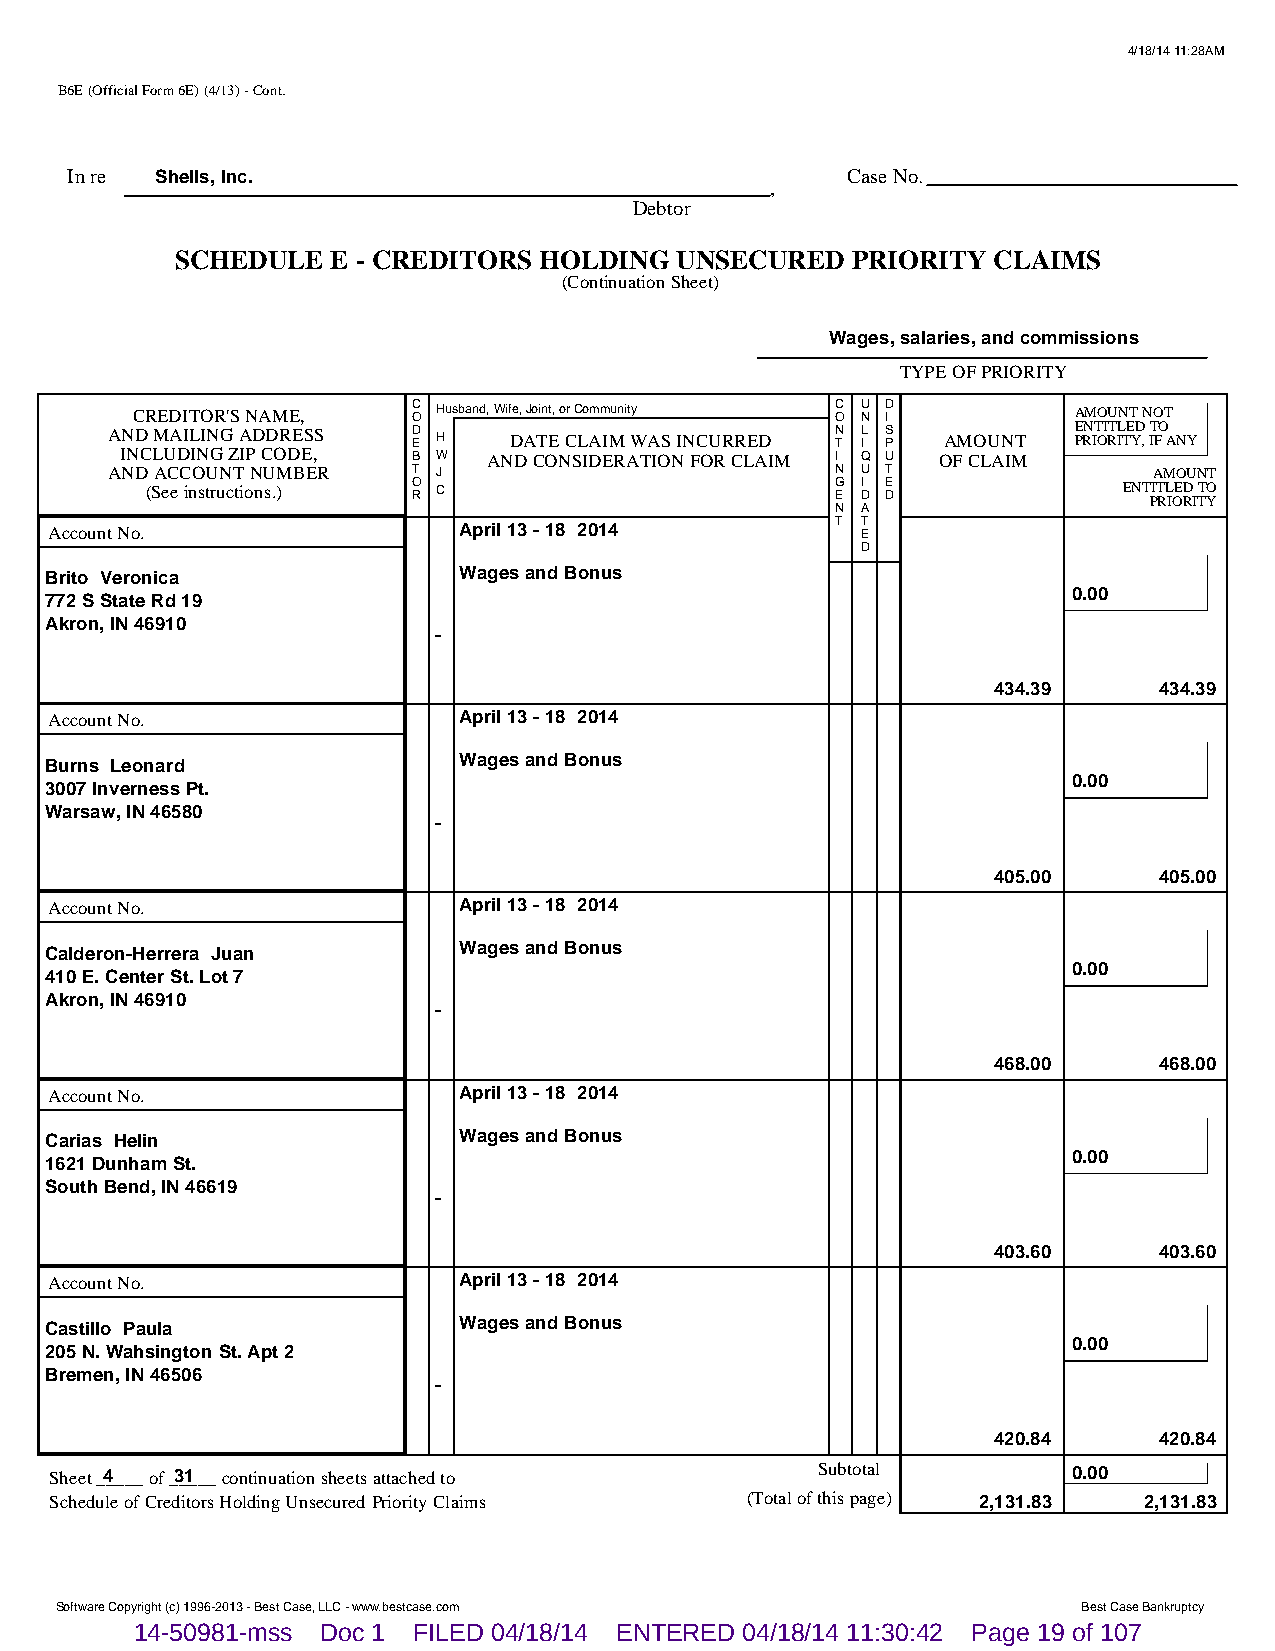
4/18/14 11:28AM
 B6E (Official Form 6E) (4/13) - Cont.
 In re Shells, Inc.                                  Case No.
 ,
 Debtor
 SCHEDULE  E - CREDITORS HOLDING  UNSECURED  PRIORITY  CLAIMS
 (Continuation Sheet)
 Wages, salaries, and commissions
 TYPE OF PRIORITY
 CREDITOR'S NAME,  C O Husband, Wife, Joint, or Community C O U N D I AMOUNT NOT
 AND MAILING ADDRESS D E H  DATE CLAIM WAS INCURRED N T L I S P AMOUNT E PRN IT OI RT IL TE YD , IT FO ANY
 INCLUDING ZIP CODE, B W AND CONSIDERATION FOR CLAIM I Q U OF CLAIM
 AND ACCOUNT NUMBER  T J                         N U T                AMOUNT
 (See instructions.) O R C                    G E I D E D        ENT PIT RL IOE RD I TT YO
 N A
 Account No.                April 13 - 18 2014       T T E
 D
 Brito Veronica             Wages and Bonus
 0.00
 772 S State Rd 19
 Akron, IN 46910
 -
 434.39     434.39
 Account No.                April 13 - 18 2014
 Burns Leonard              Wages and Bonus
 0.00
 3007 Inverness Pt.
 Warsaw, IN 46580
 -
 405.00     405.00
 Account No.                April 13 - 18 2014
 Calderon-Herrera Juan      Wages and Bonus
 0.00
 410 E. Center St. Lot 7
 Akron, IN 46910
 -
 468.00     468.00
 Account No.                April 13 - 18 2014
 Carias Helin               Wages and Bonus
 0.00
 1621 Dunham St.
 South Bend, IN 46619
 -
 403.60     403.60
 Account No.                April 13 - 18 2014
 Castillo Paula             Wages and Bonus
 0.00
 205 N. Wahsington St. Apt 2
 Bremen, IN 46506
 -
 420.84     420.84
 Sheet _4____ of _3_1___ continuation sheets attached to Subtotal    0.00
 Schedule of Creditors Holding Unsecured Priority Claims (Total of this page) 2,131.83 2,131.83
 Software Copyright (c) 1996-2013 - Best Case, LLC - www.bestcase.com Best Case Bankruptcy
 14-50981-mss Doc 1 FILED 04/18/14 ENTERED 04/18/14 11:30:42 Page 19 of 107